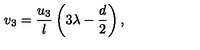
v _ { 3 } = \frac { u _ { 3 } } l \left( 3 \lambda - \frac { d } 2 \right) ,